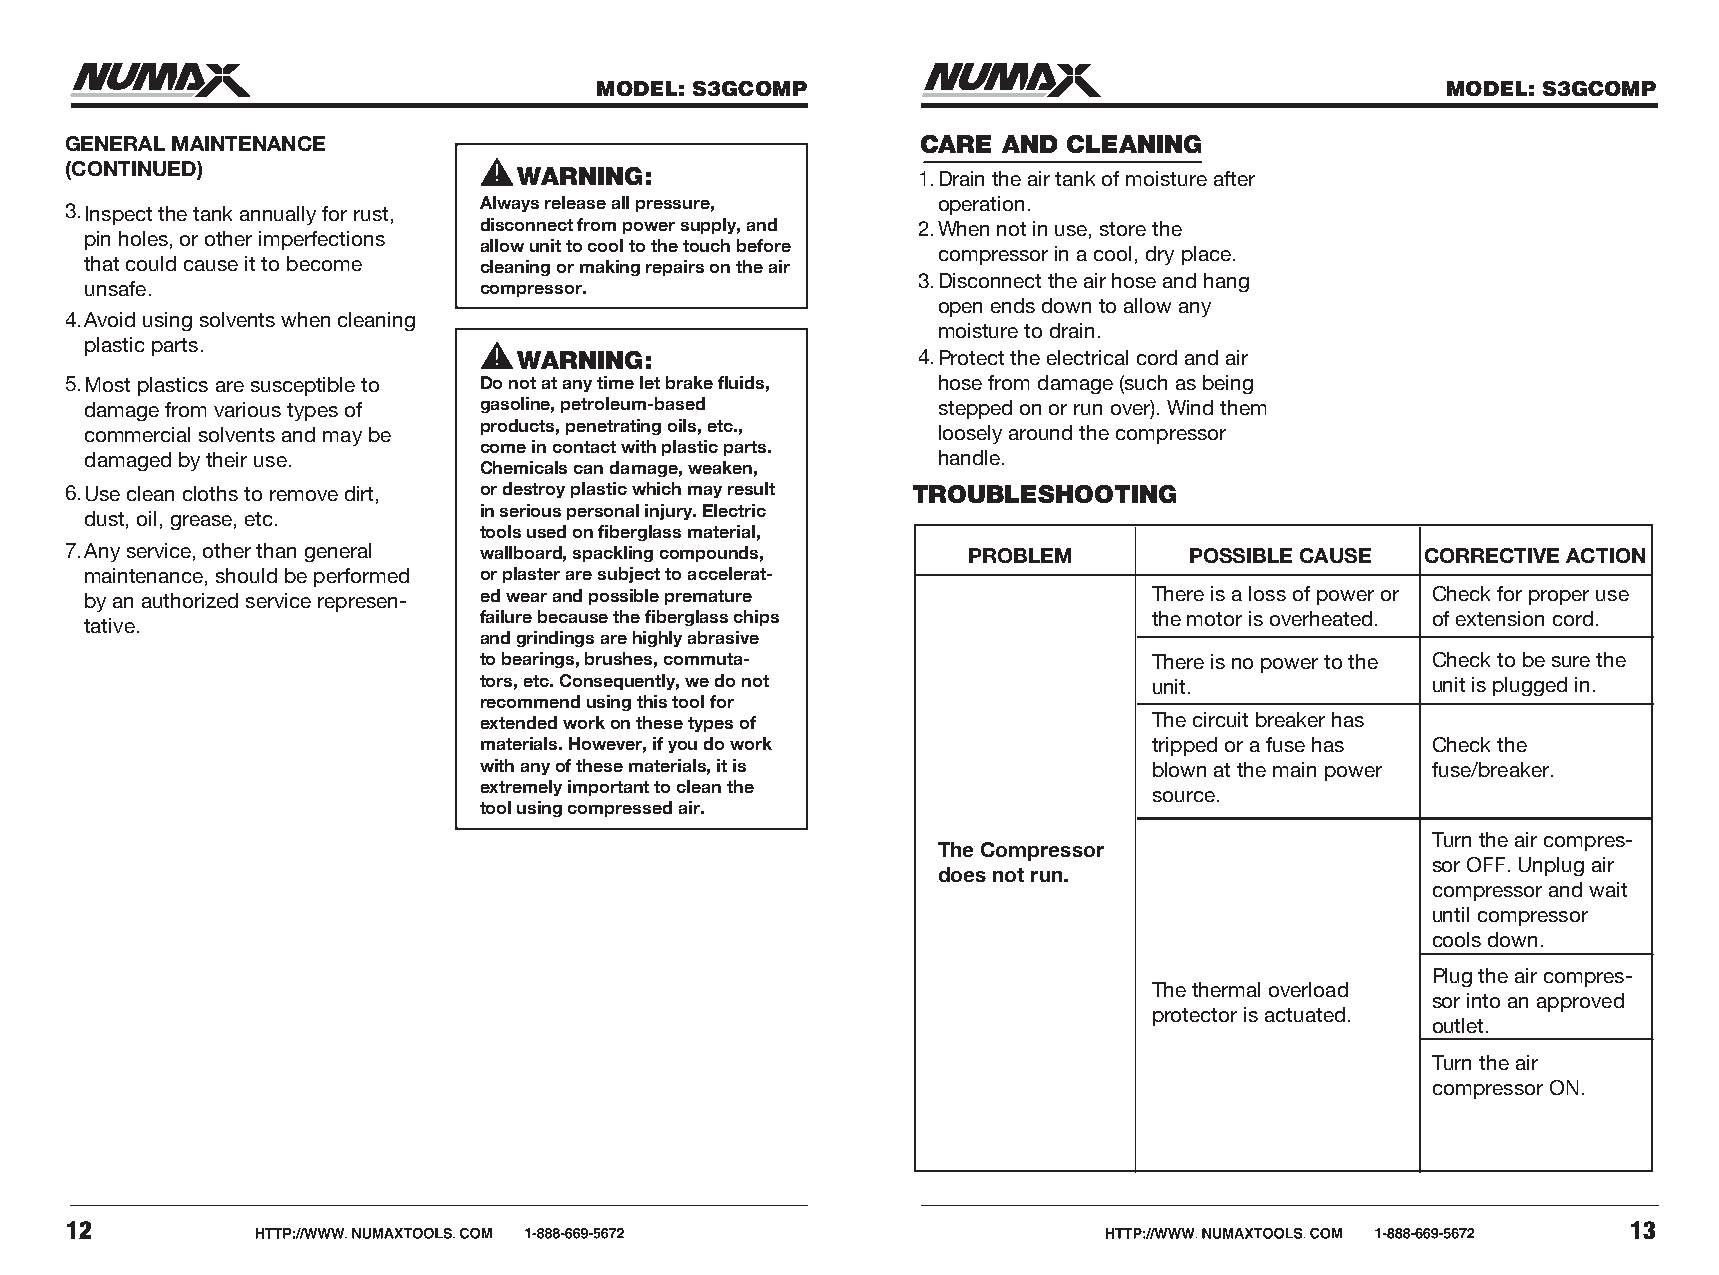
MODEL: S3GCOMP                                           MODEL: S3GCOMP
 GENERAL MAINTENANCE                                      CARE AND  CLEANING
 (CONTINUED)
 WARNING:                   1.Drain the air tank of moisture after
 3.Inspect the tank annually for rust, Always release all pressure, operation.
 disconnect from power supply, and 2.When not in use, store the
 pin holes, or other imperfections
 allow unit to cool to the touch before
 compressor in a cool, dry place.
 that could cause it to become cleaning or making repairs on the air
 3.Disconnect the air hose and hang
 unsafe.                   compressor.
 open ends down to allow any
 4.Avoid using solvents when cleaning
 moisture to drain.
 plastic parts.
 WARNING:                   4.Protect the electrical cord and air
 5.Most plastics are susceptible to Do not at any time let brake fluids, hose from damage (such as being
 damage from various types of gasoline, petroleum-based  stepped on or run over). Wind them
 commercial solvents and may be products, penetrating oils, etc., loosely around the compressor
 come in contact with plastic parts.
 damaged by their use.                                   handle.
 Chemicals can damage, weaken,
 6.Use clean cloths to remove dirt, or destroy plastic which may result TROUBLESHOOTING
 in serious personal injury. Electric
 dust, oil, grease, etc.
 tools used on fiberglass material,
 7.Any service, other than general wallboard, spackling compounds, PROBLEM  POSSIBLE CAUSE CORRECTIVE ACTION
 maintenance, should be performed or plaster are subject to accelerat-
 by an authorized service represen- ed wear and possible premature     There is a loss of power or Check for proper use
 failure because the fiberglass chips        the motor is overheated. of extension cord.
 tative.
 and grindings are highly abrasive
 to bearings, brushes, commuta-              There is no power to the Check to be sure the
 tors, etc. Consequently, we do not          unit.              unit is plugged in.
 recommend using this tool for
 extended work on these types of             The circuit breaker has
 materials. However, if you do work          tripped or a fuse has Check the
 with any of these materials, it is          blown at the main power fuse/breaker.
 extremely important to clean the
 source.
 tool using compressed air.
 Turn the air compres-
 The Compressor
 sor OFF. Unplug air
 does not run.
 compressor and wait
 until compressor
 cools down.
 Plug the air compres-
 The thermal overload
 sor into an approved
 protector is actuated.
 outlet.
 Turn the air
 compressor ON.
 12                                                                                                      13